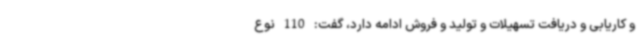
و کاریابی و دریافت تسهیلات و تولید و فروش ادامه دارد، گفت: 110 نوع